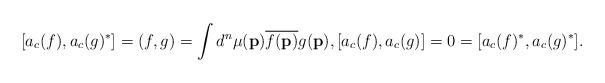
LaTeX: \begin{align*}[a_c(f), a_c(g)^{*}]=(f,g)=\int d^n\mu(\mathbf{p}) \overline{f(\mathbf{p})} g(\mathbf{p}), [a_c(f), a_c(g)]=0=[a_c(f)^{*}, a_c(g)^{*}].\end{align*}